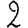
Digit: 2